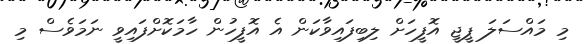
މި މައްސަލަ ޕީޖީ އޮފީހަށް ލިބިފައިވާކަން އެ އޮފީހުން ހާމަކޮށްފައިވީ ނަމަވެސް މި